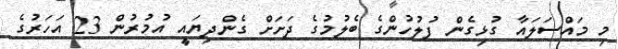
މި މައްސަލައާ ގުޅިގެން ފުލުހުންގެ ބެލުމުގެ ދަށަށް ގެންދިޔައީ އުމުރުން 23 އަހަރުގެ